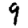
Digit: 9